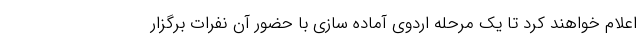
اعلام خواهند کرد تا یک مرحله اردوی آماده سازی با حضور آن نفرات برگزار